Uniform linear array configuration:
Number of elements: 4
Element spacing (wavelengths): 0.25
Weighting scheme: hann
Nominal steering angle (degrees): -15
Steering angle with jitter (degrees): -13.621
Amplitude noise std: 0.05
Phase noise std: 0.05

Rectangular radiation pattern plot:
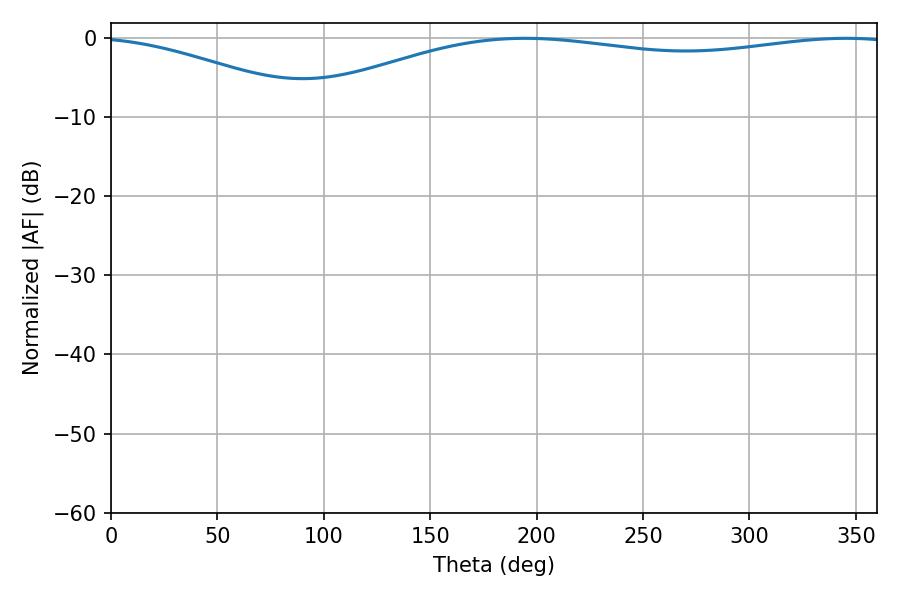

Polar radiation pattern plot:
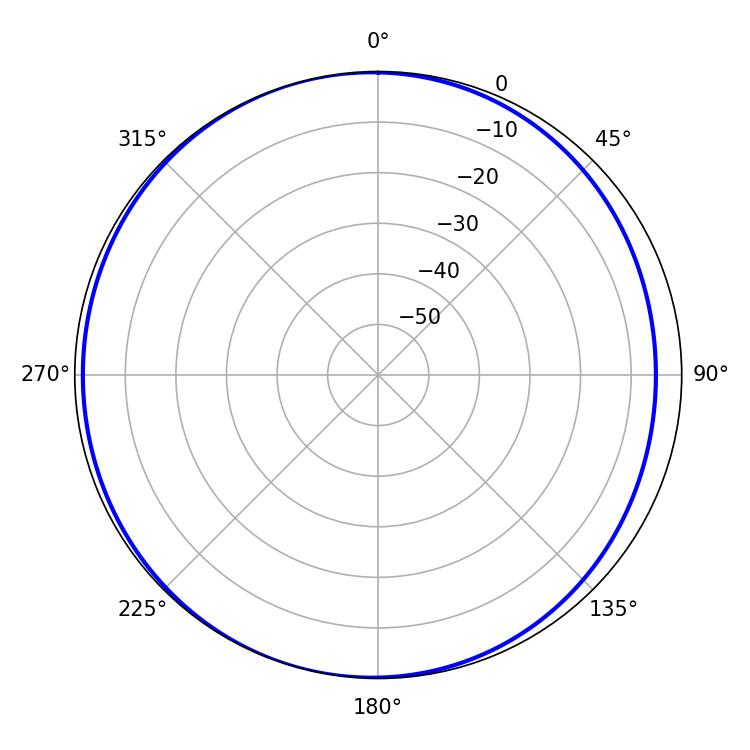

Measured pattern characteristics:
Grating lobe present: FALSE
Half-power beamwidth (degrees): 228.6
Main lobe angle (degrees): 194.4